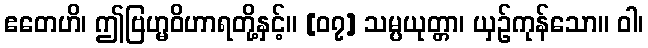
ဧတေဟိ၊ ဤဗြဟ္မဝိဟာရတို့နှင့်။ [၀၇] သမ္ပယုတ္တာ၊ ယှဉ်ကုန်သော။ ဝါ၊